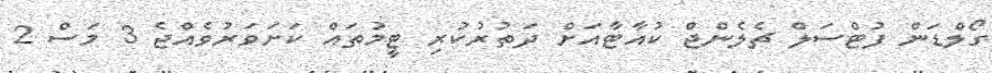
ގޯލްޑަން ފުޓްސަލް ޗެލެންޖް ކުއާޓާއަށް ދަތުރުކުރި ޓީމުތައް ކަށަވަރުވެއްޖެ 3 މަސް 2